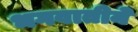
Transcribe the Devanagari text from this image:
भगवातीने